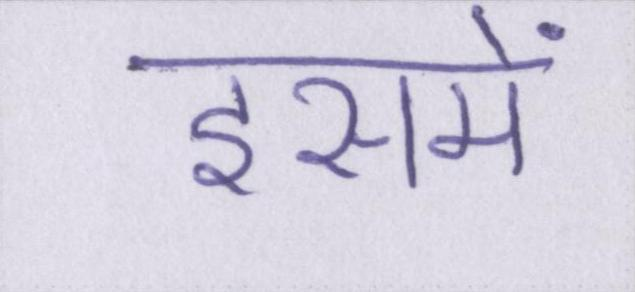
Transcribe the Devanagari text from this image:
इसमें